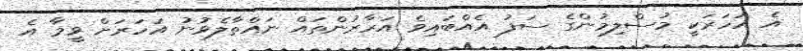
އެ އަހަރަކީ މުސްލިމުންގެ ސަފު އެއްބައިވެ އަރާރުންތައް ނައްތާލެވުނު އަހަރަށް ވީމާ އެ